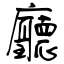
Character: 廳